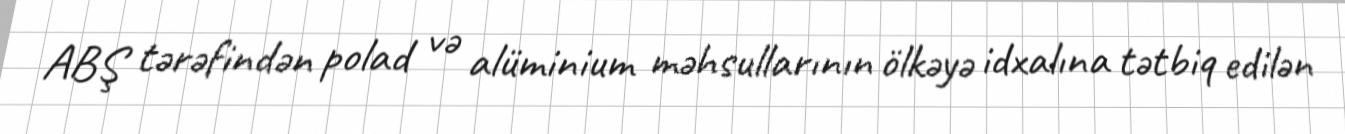
ABŞ tərəfindən polad və alüminium məhsullarının ölkəyə idxalına tətbiq edilən